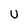
Character: U